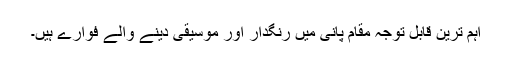
اہم ترین قابل توجہ مقام پانی میں رنگدار اور موسیقی دینے والے فوّارے ہیں۔